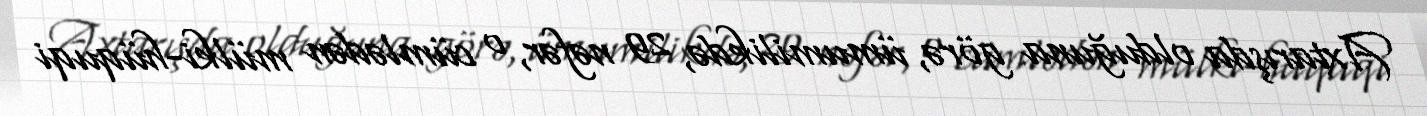
Axtarışda olduğuna görə, ümumilikdə, 29 nəfər, o cümlədən mülki-hüquqi